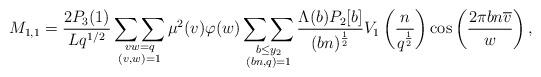
LaTeX: \begin{align*}M_{1,1} &= \frac{2P_3(1)}{L q^{1/2}} \mathop{\sum \sum}_{\substack{vw = q \\ (v,w)=1}} \mu^2(v) \varphi(w) \mathop{\sum \sum}_{\substack{b \leq y_2 \\ (bn,q)=1}} \frac{\Lambda(b) P_2[b]}{(bn)^{\frac{1}{2}}} V_1 \left( \frac{n}{q^{\frac{1}{2}}}\right)\cos\left(\frac{2\pi bn\overline{v}}{w} \right),\end{align*}